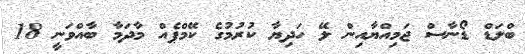
ބްލަޑް ޑޯނާސް ޖަމިއްޔާއިން ލޭ ހަދިޔާ ކުރުމުގެ ކޭމްޕެއް މާދަމާ ބާއްވަނީ 18